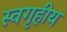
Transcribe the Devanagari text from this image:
स्वगृहीय